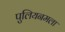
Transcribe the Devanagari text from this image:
पुलियनमला